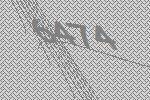
6474